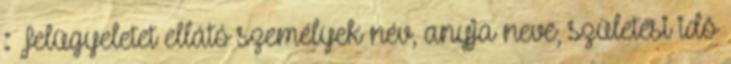
: Felügyeletet ellátó személyek név, anyja neve, születési idõ